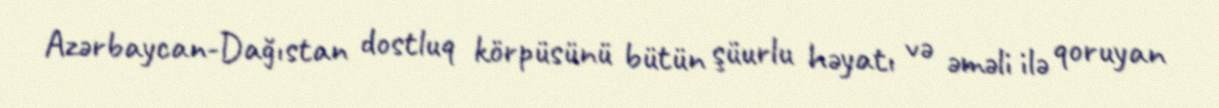
Azərbaycan-Dağıstan dostluq körpüsünü bütün şüurlu həyatı və əməli ilə qoruyan